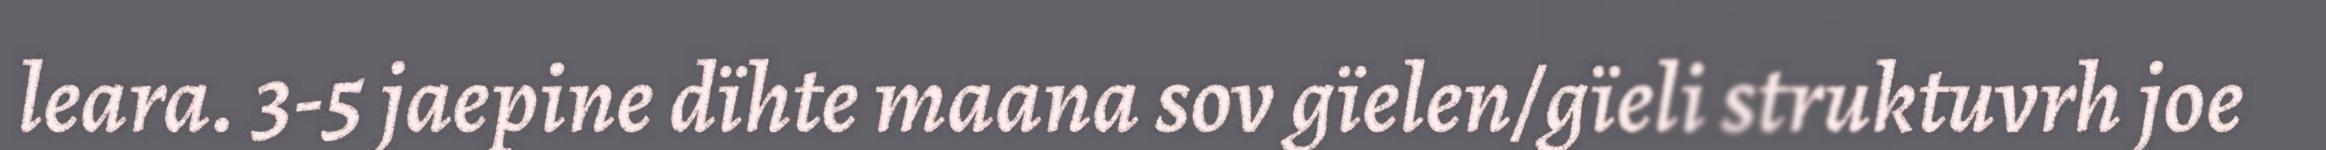
leara. 3-5 jaepine dïhte maana sov gïelen/gïeli struktuvrh joe